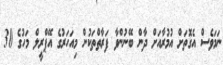
ނަމަވެސް އެގޮތަށް އުމުރާއަށް ދާން ބޭނުންވާ ފަރާތްތަކުން މިއަހަރުގެ އޭޕްރީލް މަހުގެ 30